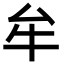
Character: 牟